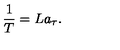
{ \frac { 1 } { T } } = L a _ { \tau } .